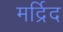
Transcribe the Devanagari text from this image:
मर्द्रिद